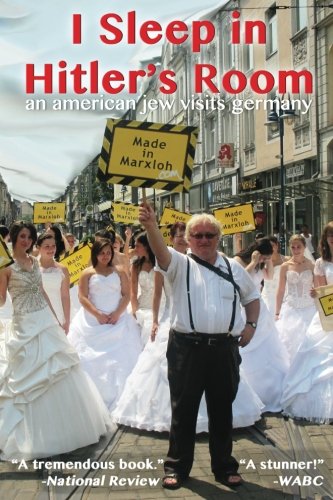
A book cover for I Sleep in Hitler's Room: An American Jew Visits Germany; Tuvia Tenenbom; Humor & Entertainment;